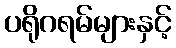
ပရိုဂရမ်များနှင့်